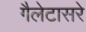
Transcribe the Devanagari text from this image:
गैलेटासरे